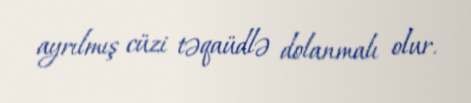
ayrılmış cüzi təqaüdlə dolanmalı olur.